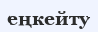
еңкейту